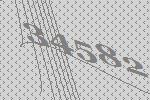
34582